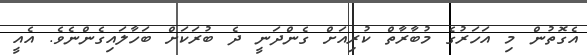
އެގޮތުން މި އަހަރުގެ މުބާރާތް ކުރިއަށް ގެންދަނީ ދެ ބުރަކަށް ބަހާލައިގެންނެވެ. އެއީ